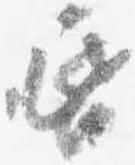
昏